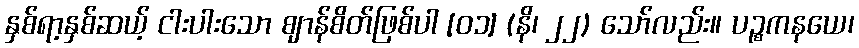
နှစ်ရာ့နှစ်ဆယ့် ငါးပါးသော ဈာန်စိတ်ဖြစ်ပါ [၀၁] (နိ၊ ၂၂) သော်လည်း။ ပဉ္စကနယေ၊